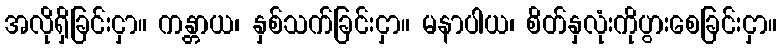
အလိုရှိခြင်းငှာ။ ကန္တာယ၊ နှစ်သက်ခြင်းငှာ။ မနာပါယ၊ စိတ်နှလုံးကိုပွားစေခြင်းငှာ။